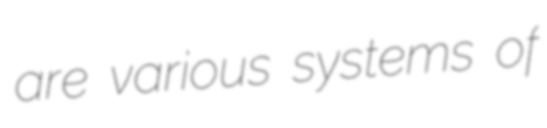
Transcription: are various systems of